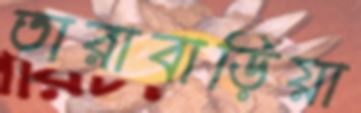
তারাবাড়িয়া